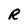
Character: R